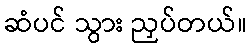
ဆံပင် သွား ညှပ်တယ်။